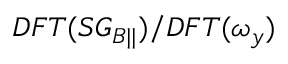
D F T ( S G _ { B | | } ) / D F T ( \omega _ { y } )